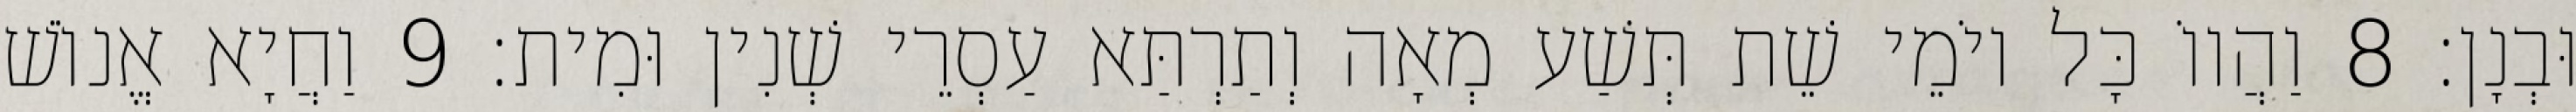
וּבְנָן׃ 8 וַהֲווֹ כָּל יוֹמֵי שֵׁת תְּשַׁע מְאָה וְתַרְתַּא עַסְרֵי שְׁנִין וּמִית׃ 9 וַחֲיָא אֱנוֹשׁ